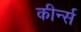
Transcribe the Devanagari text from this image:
कीर्न्स